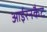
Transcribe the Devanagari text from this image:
आईरनकैट